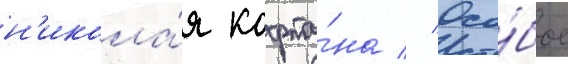
н'икола́я кафта́на // Осо́бое